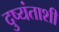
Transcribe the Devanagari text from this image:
दुष्यंताशी